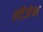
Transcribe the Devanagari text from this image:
लीजेन